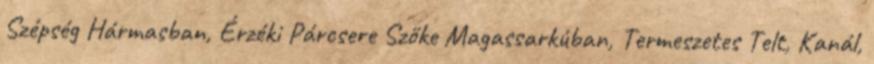
Szépség Hármasban, Érzéki Párcsere Szőke Magassarkúban, Termeszetes Telt, Kanál,